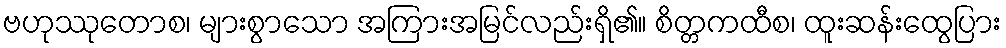
ဗဟုဿုတောစ၊ များစွာသော အကြားအမြင်လည်းရှိ၏။ စိတ္တကထီစ၊ ထူးဆန်းထွေပြား